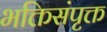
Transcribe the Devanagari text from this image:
भक्तिसंपृक्त